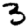
Digit: 3